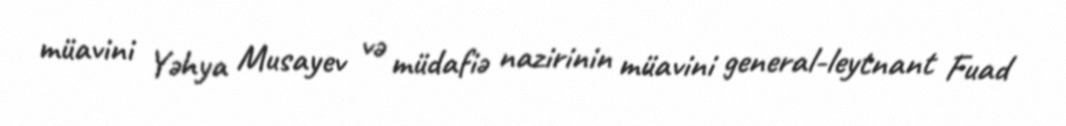
müavini Yəhya Musayev və müdafiə nazirinin müavini general-leytnant Fuad